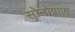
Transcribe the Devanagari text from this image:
सोनोग्राफ़